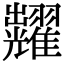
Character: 𮋚